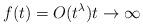
LaTeX: \begin{align*}f(t) = O(t^\lambda)t\to\infty\end{align*}